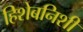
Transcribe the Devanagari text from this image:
हिशेबनिशी